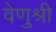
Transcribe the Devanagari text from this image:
वेणुश्री